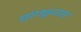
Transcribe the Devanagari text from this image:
छांगछुनास